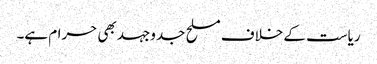
ریاست کے خلاف مسلح جدوجہد بھی حرام ہے۔